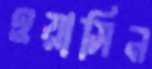
ওয়াসিন